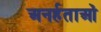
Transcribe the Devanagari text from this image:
अनर्हताओं